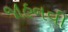
જાહનવી